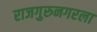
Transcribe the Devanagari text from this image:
राजगुरुनगरला